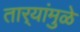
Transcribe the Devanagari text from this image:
तार्‍यांमुळे